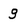
Character: g